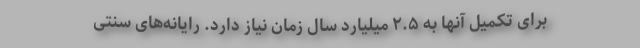
برای تکمیل آنها به ۲.۵ میلیارد سال زمان نیاز دارد. رایانه‌های سنتی